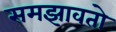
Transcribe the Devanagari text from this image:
समझावतो